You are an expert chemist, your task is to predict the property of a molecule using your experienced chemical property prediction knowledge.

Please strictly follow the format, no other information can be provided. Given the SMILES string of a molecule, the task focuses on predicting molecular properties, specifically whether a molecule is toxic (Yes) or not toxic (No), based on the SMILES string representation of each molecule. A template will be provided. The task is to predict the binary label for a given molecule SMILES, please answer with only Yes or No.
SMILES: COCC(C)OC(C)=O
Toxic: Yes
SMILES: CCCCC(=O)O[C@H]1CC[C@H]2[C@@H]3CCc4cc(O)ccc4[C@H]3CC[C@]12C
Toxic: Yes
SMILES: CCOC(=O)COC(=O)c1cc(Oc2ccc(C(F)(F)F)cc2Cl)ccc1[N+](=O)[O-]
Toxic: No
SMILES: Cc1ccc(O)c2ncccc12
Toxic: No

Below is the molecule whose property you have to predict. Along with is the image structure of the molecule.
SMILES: Cc1cc(=O)oc2cc(O)cc(O)c12
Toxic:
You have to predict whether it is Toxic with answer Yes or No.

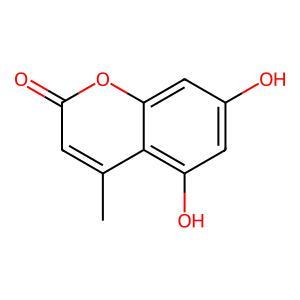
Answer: No